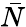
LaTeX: \bar{N}